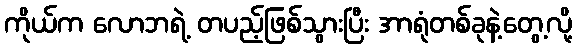
ကိုယ်က လောဘရဲ့ တပည့်ဖြစ်သွားပြီး အာရုံတစ်ခုနဲ့တွေ့လို့